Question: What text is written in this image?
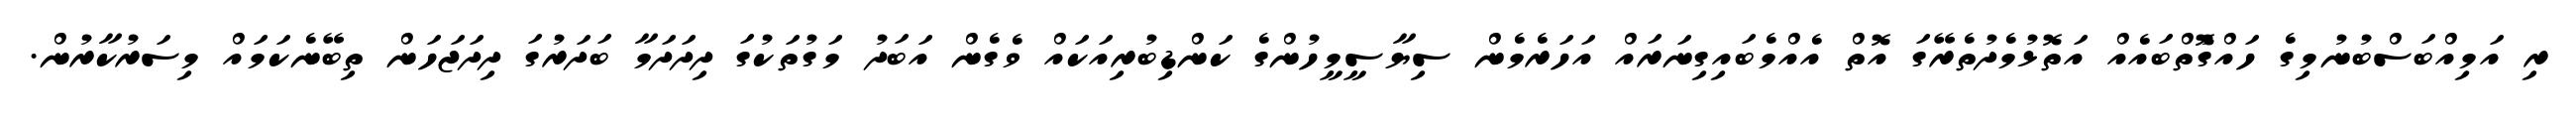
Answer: ރި އަމިއްބަސްބުނުމިގެ ހައްގުޮތްބައެއް އަތޮޅުމެދުތެރޭގަ އޮތް އެއްމެބައިގިނަރައް އަހަރެމެން ސިޔާސީމީހުންގެ ކަންޑިބުރިއަކައް ވެގެން އަބަދު މަގުތަކުގަ ދިދަދަމާ ބަދަރުގަ ދިދަޖަހަން ތިބޭނެކަމައް މިސަރުކާރުން.